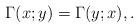
LaTeX: \begin{align*} \Gamma(x;y) = \Gamma(y;x), . \end{align*}